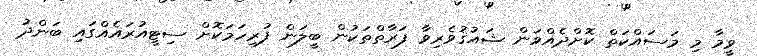
ވީމާ މި މަސައްކަތް ކޮށްދެއްވަން ޝައުޤުވެރިވާ ފަރާތްތަކުން ބީލަން ފުރިހަމަކޮށް ސިޓީއުރައެއްގައި ބަންދު